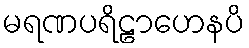
မရဏပရိဠာဟေနပိ